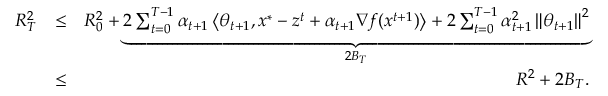
\begin{array} { r l r } { R _ { T } ^ { 2 } } & { \leq } & { R _ { 0 } ^ { 2 } + \underbrace { 2 \sum _ { t = 0 } ^ { T - 1 } \alpha _ { t + 1 } \left\langle \theta _ { t + 1 } , x ^ { * } - z ^ { t } + \alpha _ { t + 1 } \nabla f ( x ^ { t + 1 } ) \right\rangle + 2 \sum _ { t = 0 } ^ { T - 1 } \alpha _ { t + 1 } ^ { 2 } \left\| \theta _ { t + 1 } \right\| ^ { 2 } } _ { 2 B _ { T } } } \\ & { \leq } & { R ^ { 2 } + 2 B _ { T } . } \end{array}